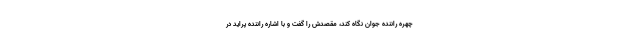
چهره راننده جوان نگاه کند، مقصدش را گفت و با اشاره راننده پراید در